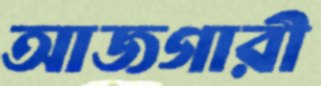
আজগারী